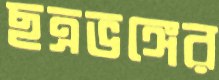
ছত্রভঙ্গের